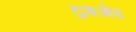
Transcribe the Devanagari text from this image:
ट्राइओड